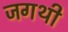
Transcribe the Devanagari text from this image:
जगथी